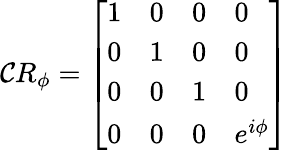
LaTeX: \mathcal{C}R_{\phi}={\left[\begin{array}{llll}{1}&{0}&{0}&{0}\\ {0}&{1}&{0}&{0}\\ {0}&{0}&{1}&{0}\\ {0}&{0}&{0}&{e^{i\phi}}\end{array}\right]}